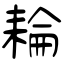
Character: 耣